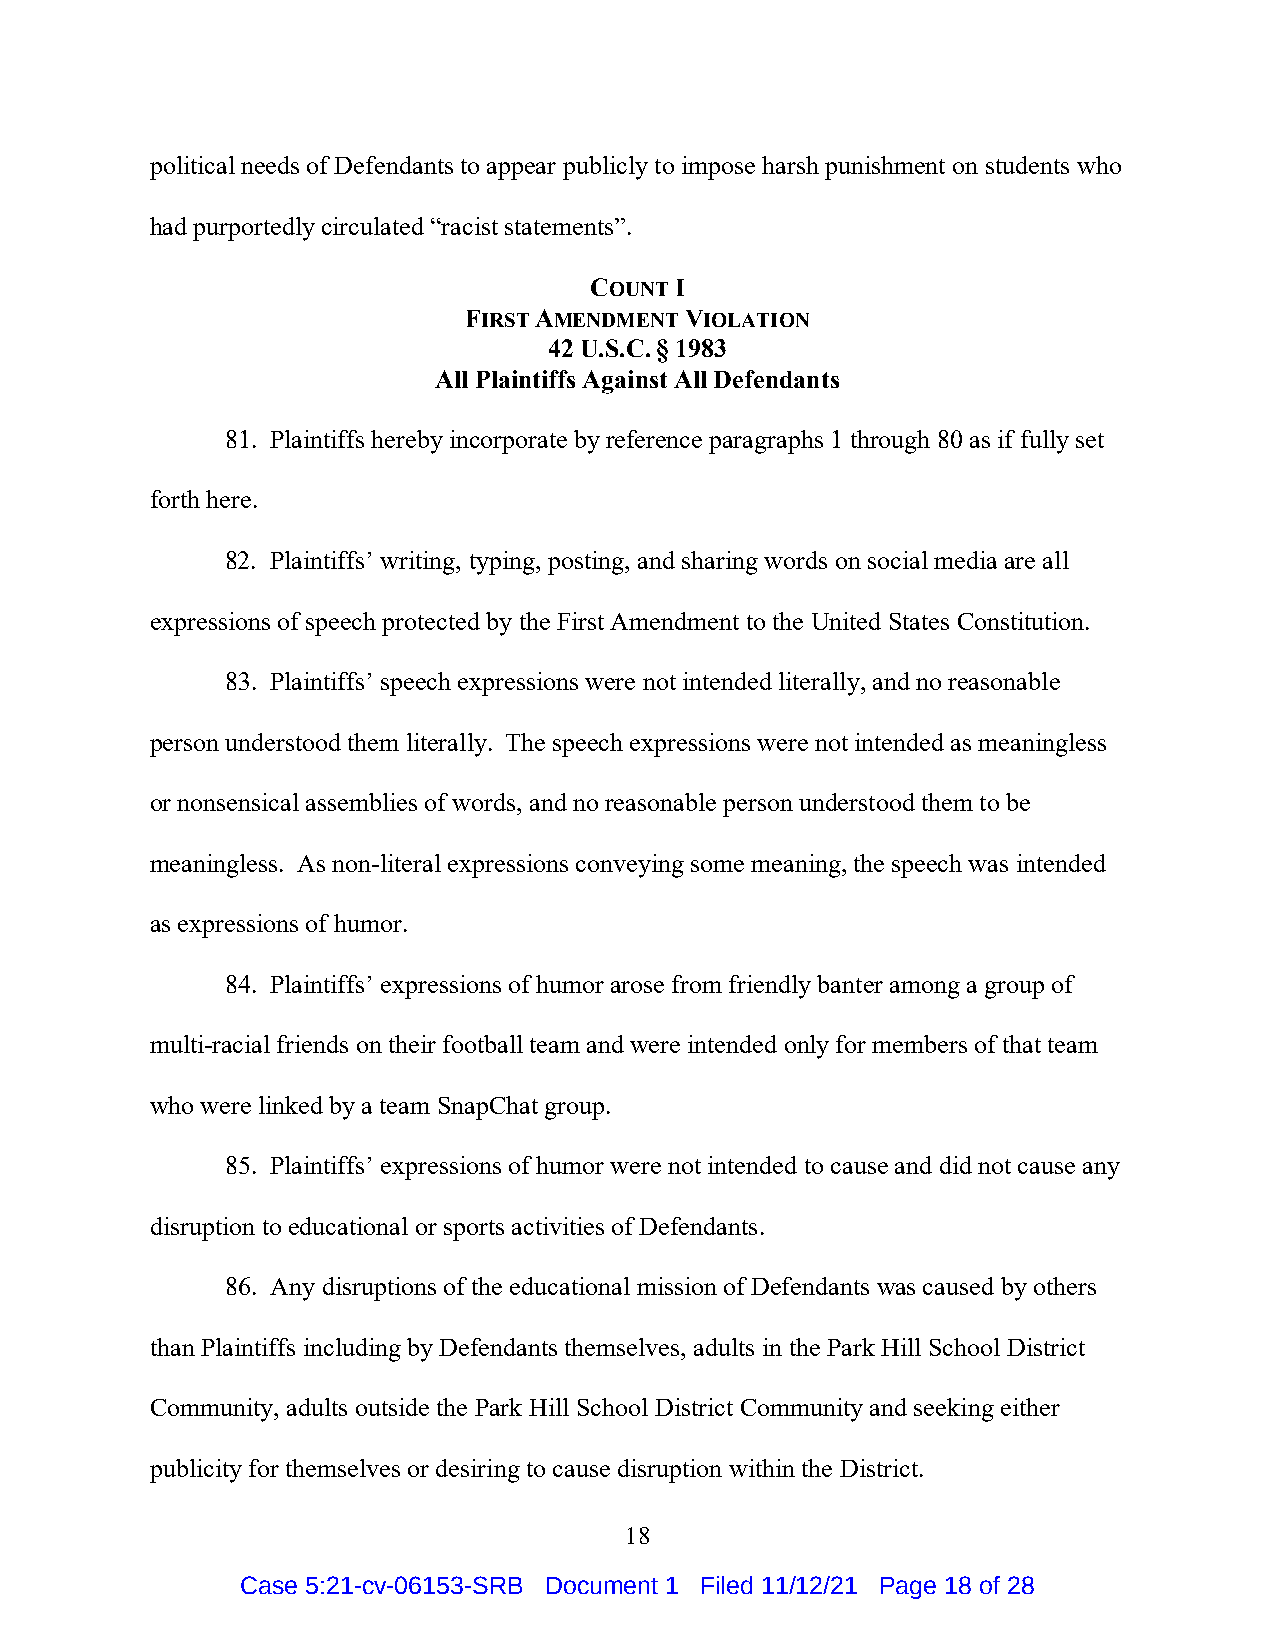
political needs of Defendants to appear publicly to impose harsh punishment on students who
 had purportedly circulated “racist statements”.
 COUNT I
 FIRST AMENDMENT VIOLATION
 42 U.S.C. § 1983
 All Plaintiffs Against All Defendants
 81. Plaintiffs hereby incorporate by reference paragraphs 1 through 80 as if fully set
 forth here.
 82. Plaintiffs’ writing, typing, posting, and sharing words on social media are all
 expressions of speech protected by the First Amendment to the United States Constitution.
 83. Plaintiffs’ speech expressions were not intended literally, and no reasonable
 person understood them literally. The speech expressions were not intended as meaningless
 or nonsensical assemblies of words, and no reasonable person understood them to be
 meaningless. As non-literal expressions conveying some meaning, the speech was intended
 as expressions of humor.
 84. Plaintiffs’ expressions of humor arose from friendly banter among a group of
 multi-racial friends on their football team and were intended only for members of that team
 who were linked by a team SnapChat group.
 85. Plaintiffs’ expressions of humor were not intended to cause and did not cause any
 disruption to educational or sports activities of Defendants.
 86. Any disruptions of the educational mission of Defendants was caused by others
 than Plaintiffs including by Defendants themselves, adults in the Park Hill School District
 Community, adults outside the Park Hill School District Community and seeking either
 publicity for themselves or desiring to cause disruption within the District.
 18
 Case 5:21-cv-06153-SRB Document 1 Filed 11/12/21 Page 18 of 28